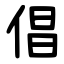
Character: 倡